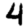
Digit: 4